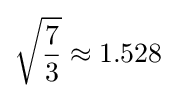
{\sqrt {\frac {7}{3}}}\approx 1.528